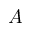
A